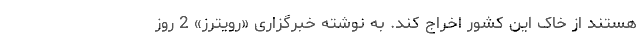
هستند از خاک این کشور اخراج کند. به نوشته خبرگزاری «رویترز» 2 روز